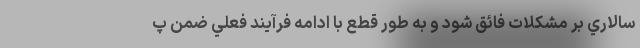
سالاري بر مشكلات فائق شود و به طور قطع با ادامه فرآيند فعلي ضمن پ